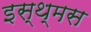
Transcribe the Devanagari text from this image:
इस्थ्मस